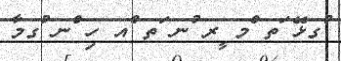
ުގޅޭ ަތ ްމ ީރ ުނ ަތ ްއ ހި ްނ ުގމާ